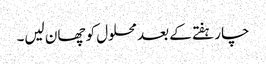
چار ہفتے کے بعد محلول کو چھان لیں۔